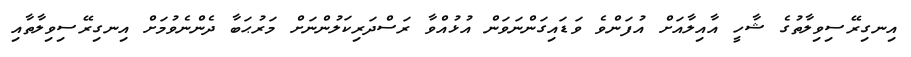
އިނގިރޭސިވިލާތުގެ ޝާހީ އާއިލާއަށް އުފަންވެ ވަޑައިގަންނަވަން އުޅުއްވާ ރަސްދަރިކަލުންނަށް މަރުޙަބާ ދެންނެވުމަށް އިނގިރޭސިވިލާތާއި